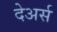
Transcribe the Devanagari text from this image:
देअर्स